65_HS1-834228961_62-HQ-83894_SUB_A
Agency: FBI
Page 64
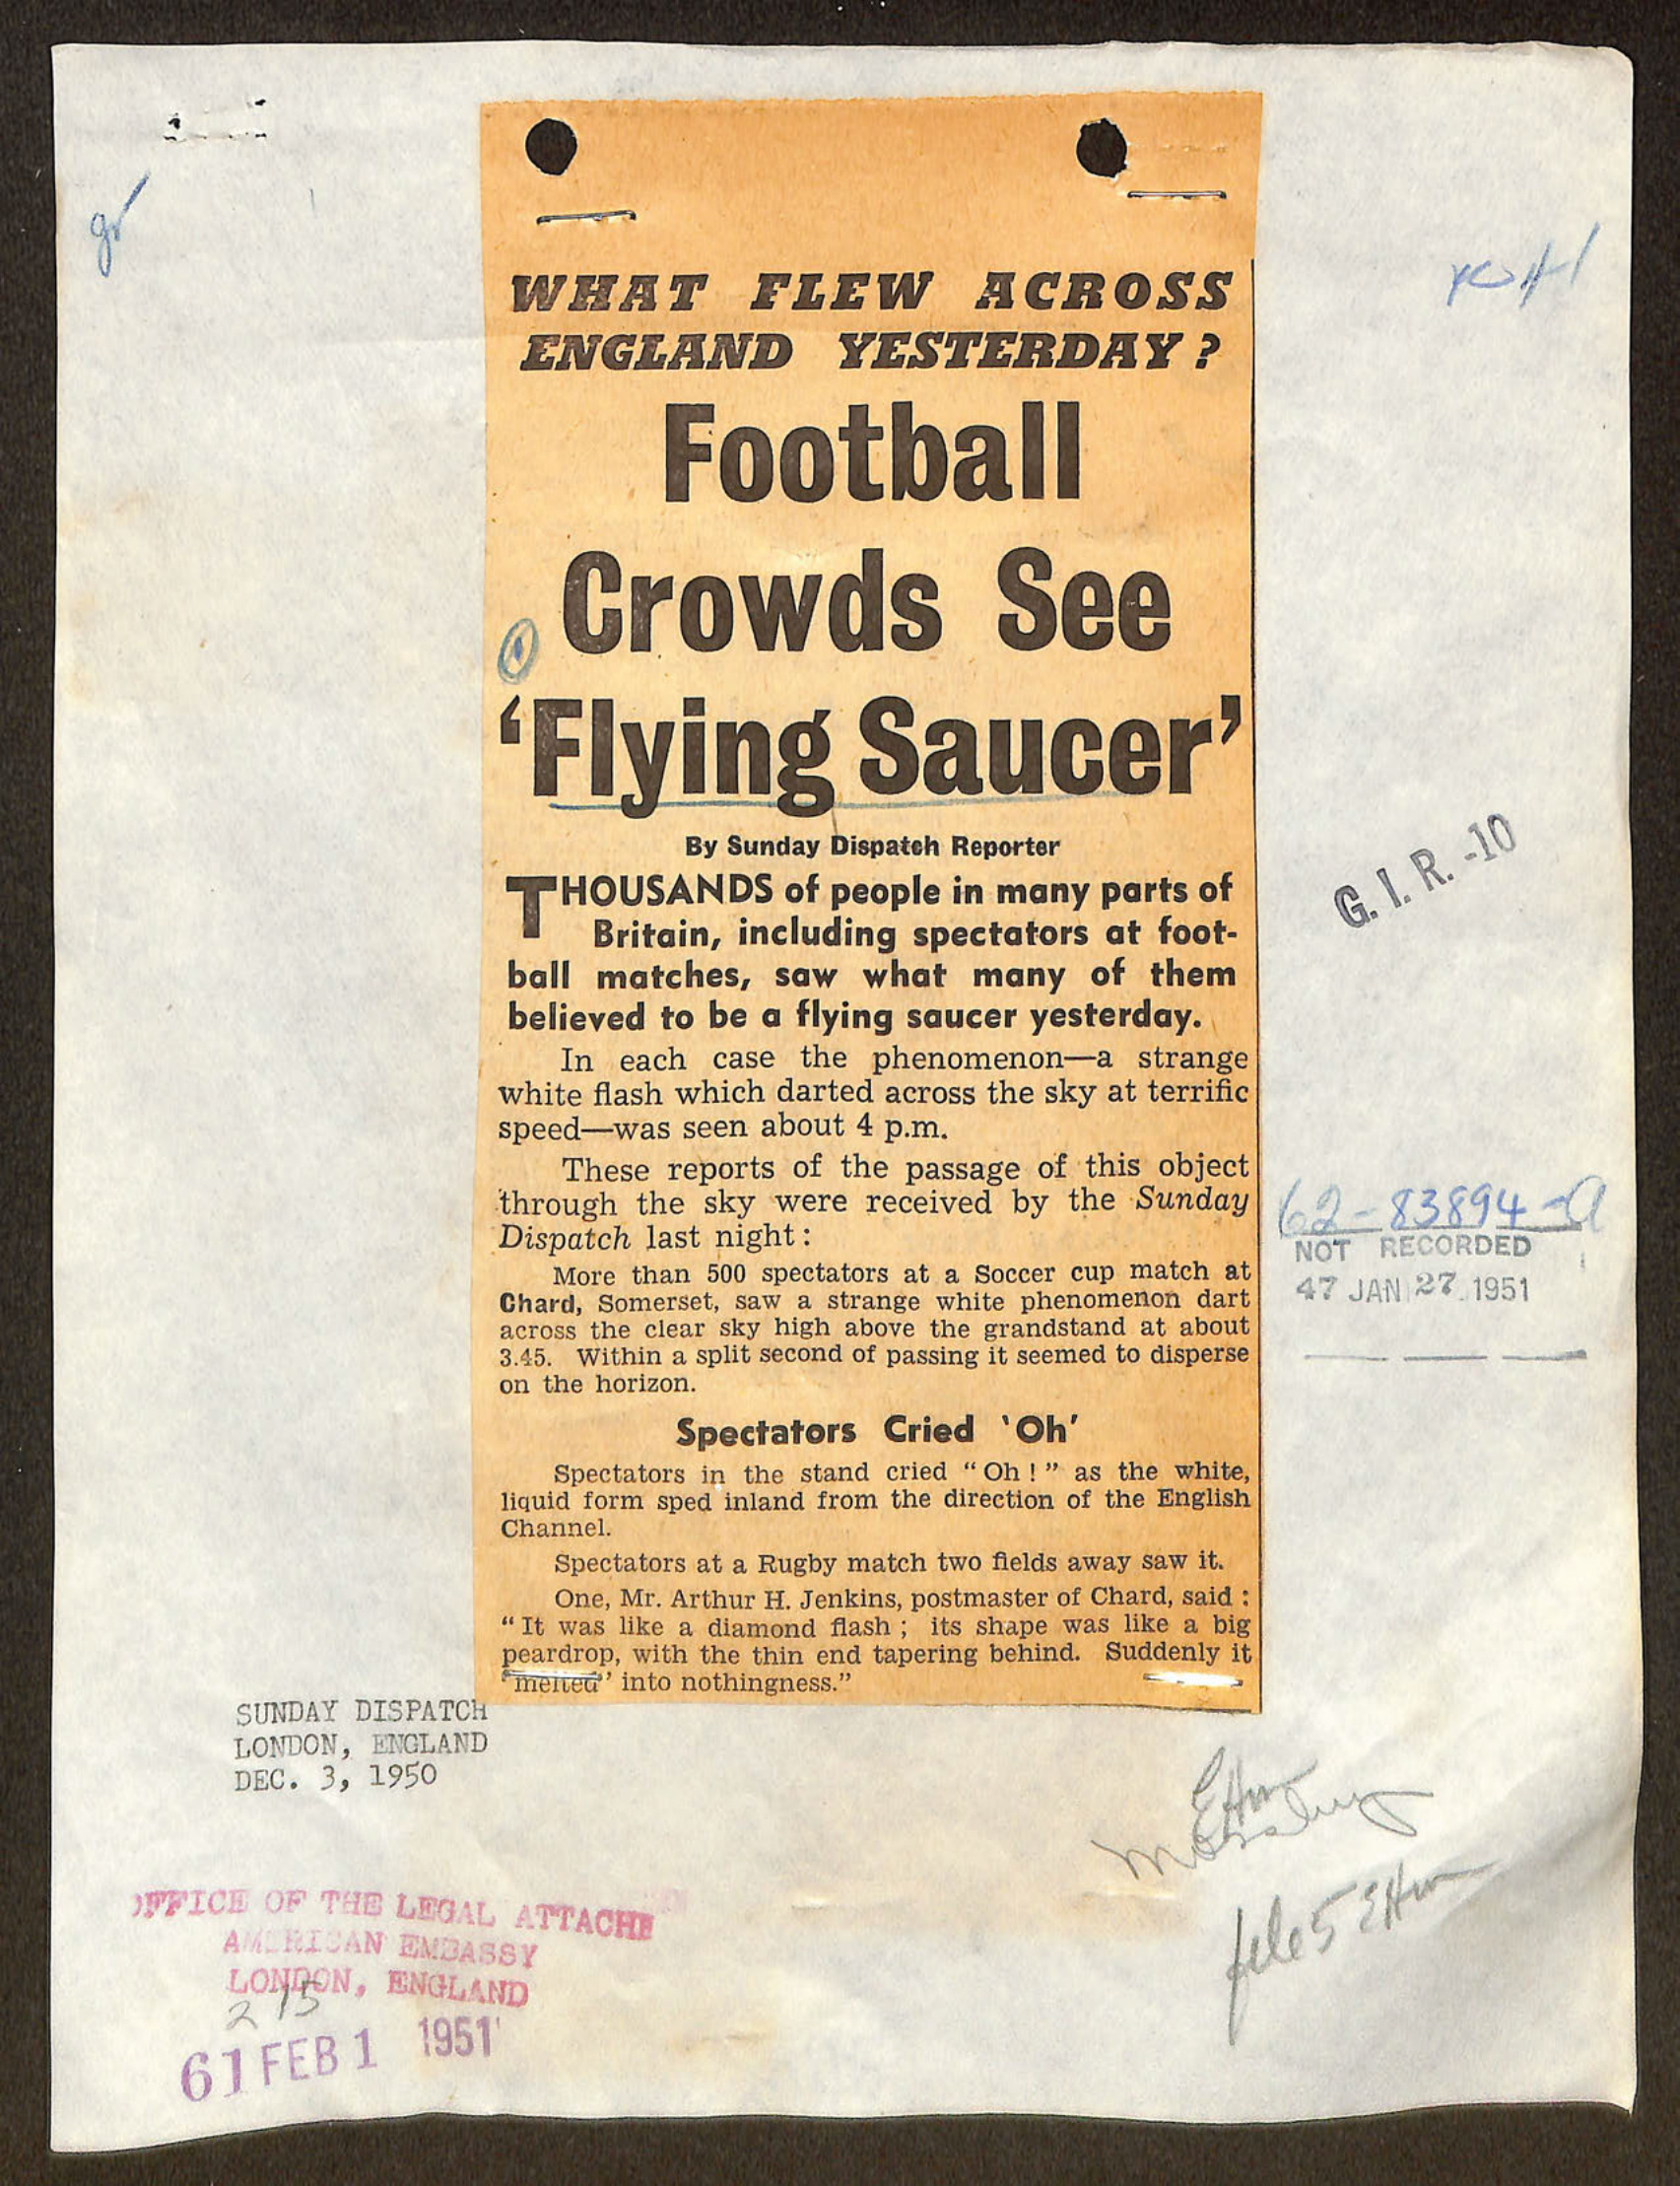